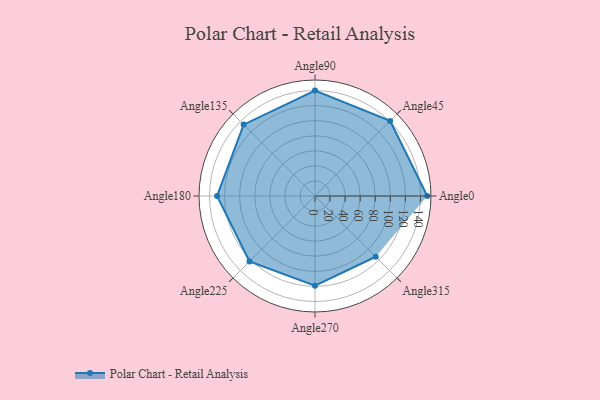
{"axis": {"x": "Angle", "y": "Radius"}, "legend": [""], "data": [{"x": "Angle0", "y": 149.0, "type": ""}, {"x": "Angle45", "y": 141.0, "type": ""}, {"x": "Angle90", "y": 140.0, "type": ""}, {"x": "Angle135", "y": 134.0, "type": ""}, {"x": "Angle180", "y": 130.0, "type": ""}, {"x": "Angle225", "y": 123.0, "type": ""}, {"x": "Angle270", "y": 119.0, "type": ""}, {"x": "Angle315", "y": 114.0, "type": ""}]}